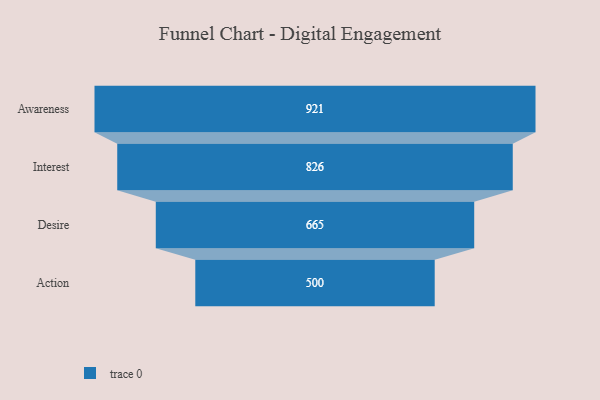
{"axis": {"x": "Stage", "y": "Value"}, "legend": [""], "data": [{"x": "Awareness", "y": 921.0, "type": ""}, {"x": "Interest", "y": 826.0, "type": ""}, {"x": "Desire", "y": 665.0, "type": ""}, {"x": "Action", "y": 500, "type": ""}]}